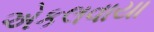
એકલવાયા